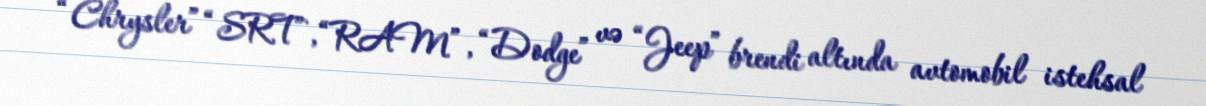
“Chrysler” “SRT”, “RAM”, “Dodge” və “Jeep” brendi altında avtomobil istehsal